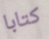
كتابا